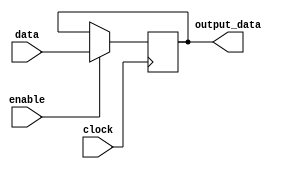
module Data_enable_latch (
    input wire data,
    input wire enable,
    input wire clock,
    output reg output_data
);

reg D_ff;

assign output_data = D_ff;

always @ (posedge clock) begin
    if (enable) begin
        D_ff <= data;
    end
end

endmodule